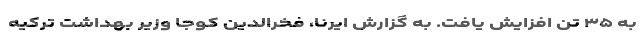
به ۳۵ تن افزایش یافت. به گزارش ایرنا، فخرالدین کوجا وزیر بهداشت ترکیه